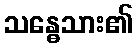
သန္ဓေသား၏